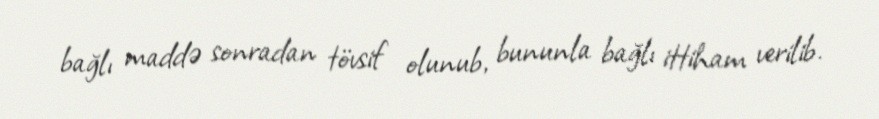
bağlı maddə sonradan tövsif olunub, bununla bağlı ittiham verilib.